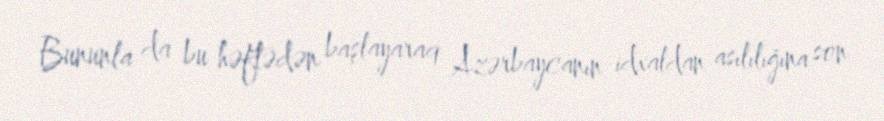
Bununla da bu həftədən başlayaraq Azərbaycanın idxaldan asılılığına son